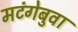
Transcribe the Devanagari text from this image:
मटंगेबुवा